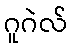
ဂူဂဲလ်